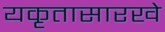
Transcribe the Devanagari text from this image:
यकृतासारखे